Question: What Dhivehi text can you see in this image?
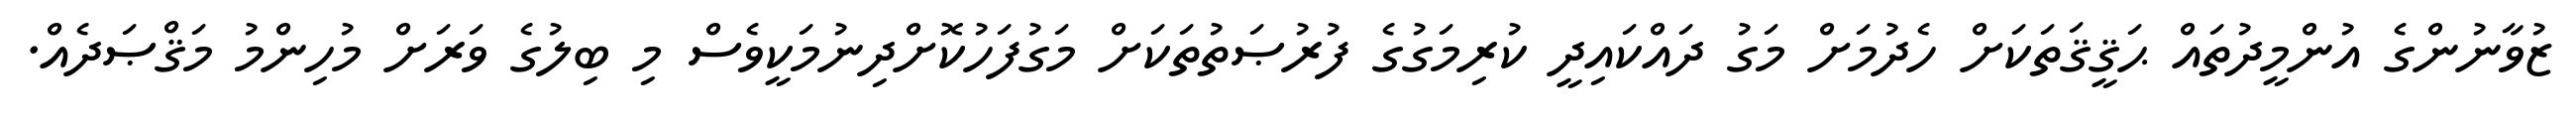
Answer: ޒުވާނުންގެ އުންމީދުތައް ޙަޤީޤަތަކަށް ހެދުމަށް މަގު ދައްކައިދީ ކުރިމަގުގެ ފުރުޞަތުތަކަށް މަގުފަހުކޮށްދިނުމަކީވެސް މި ބިލުގެ ވަރަށް މުހިންމު މަޤްޞަދެއް.